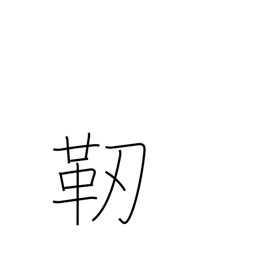
Meaning: quiver